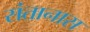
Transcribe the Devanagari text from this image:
संतानास